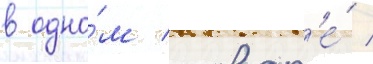
в одно́м словар'е́ /